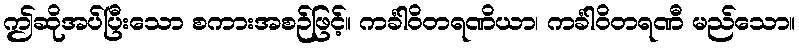
ဤဆိုအပ်ပြီးသော စကားအစဉ်ဖြင့်။ ကင်္ခါဝိတရဏိယာ၊ ကင်္ခါဝိတရဏီ မည်သော။